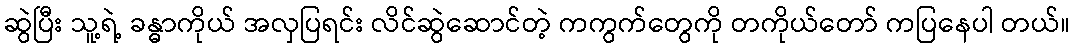
ဆွဲပြီး သူ့ရဲ့ ခန္ဓာကိုယ် အလှပြရင်း လိင်ဆွဲဆောင်တဲ့ ကကွက်တွေကို တကိုယ်တော် ကပြနေပါ တယ်။